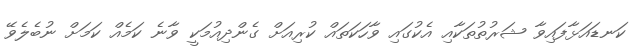
ކަނޑައަޅާފައިވާ ޝަރުތުތަކާއި އެކުގައި ވާހަކަތައް ކުރިއަށް ގެންދިއުމަކީ ވާނެ ކަމެއް ކަމަށް ނުބެލެވޭ